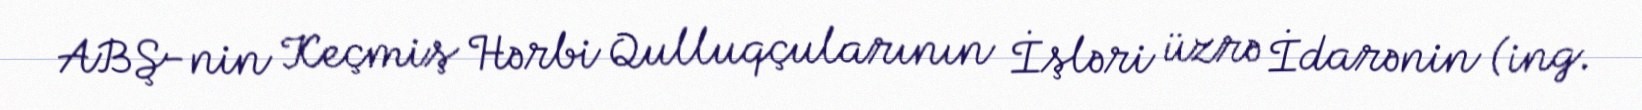
ABŞ-nin Keçmiş Hərbi Qulluqçularının İşləri üzrə İdarənin (ing.